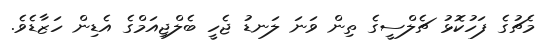
މެޗުގެ ފަހުކޮޅު ޗެލްސީގެ ތިން ވަނަ ލަނޑު ޖެހީ ބެލްޖިއަމްގެ އެޑިން ހަޒާޑެވެ.